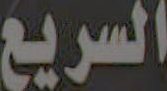
السريع